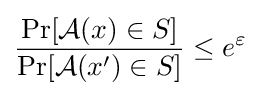
{\frac {\Pr[{\mathcal {A}}(x)\in S]}{\Pr[{\mathcal {A}}(x^{\prime })\in S]}}\leq e^{\varepsilon }